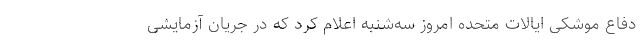
دفاع موشکی ایالات متحده امروز سه‌شنبه اعلام کرد که در جریان آزمایشی